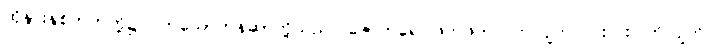
ထိုနားနှစ်ဘက်တို့၌ ဝတ်သောတန်ဆာတို့သည်။ ဇောတရေ၊ ဖိတ်ဖိတ်လက်လျက် ပြိုးပြိုးပြက်လျက်